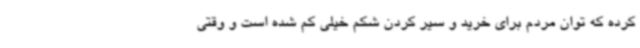
کرده که توان مردم برای خرید و سیر کردن شکم خیلی کم شده است و وقتی